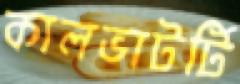
কালভাটর্টি